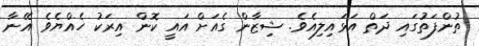
ތުންފަތުގައި ދަތް އަޅައިލިއެވެ. ޝިޒާން ގެއަށް އައީ ކޮން އިރަކު ހެއްޔެވެ އޭނާ